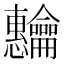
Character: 𬺡